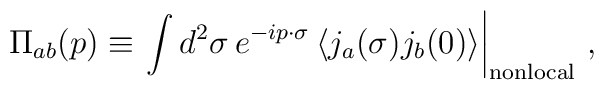
\Pi_{ab}(p)  \equiv  \left.   \int d^2 \sigma\,   e^{-i p \cdot \sigma}   \left< j_a(\sigma) j_b(0) \right>  \right|_{\rm nonlocal} \, ,